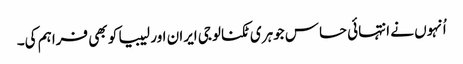
اُنہوں نے انتہائی حساس جوہری ٹکنالوجی ایران اور لیبیا کو بھی فراہم کی۔